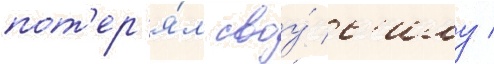
пот'ер'я́л своу́ с'илу /